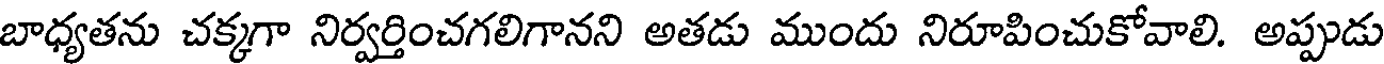
బాధ్యతను చక్కగా నిర్వర్తించగలిగానని అతడు ముందు నిరూపించుకోవాలి. అప్పుడు